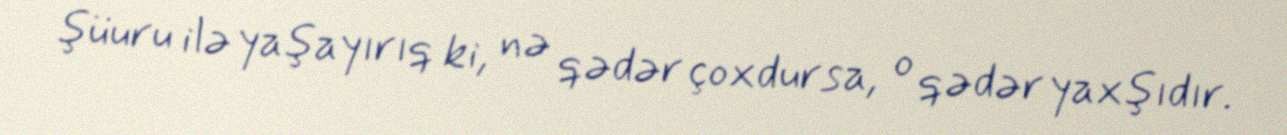
şüuru ilə yaşayırıq ki, nə qədər çoxdursa, o qədər yaxşıdır.